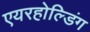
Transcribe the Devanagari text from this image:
एयरहोल्डिंग